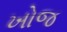
ખોજ